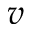
\boldsymbol { v }